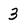
Character: 3